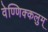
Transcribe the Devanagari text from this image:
वेण्णिक्कलुम्